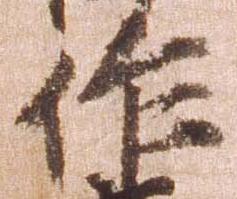
作